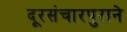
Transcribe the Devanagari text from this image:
दूरसंचारपुराने